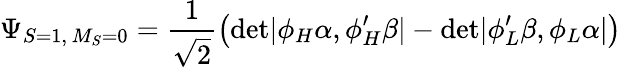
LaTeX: \Psi_{S=1,\, M_{S}=0}=\frac{1}{\sqrt 2}\left(\mathrm{det}|\phi_{H}\alpha,\phi_{H}^{\prime}\beta|-\mathrm{det}|\phi_{L}^{\prime}\beta,\phi_{L}\alpha|\right)